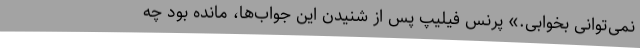
نمی‌توانی بخوابی.» پرنس فیلیپ پس از شنیدن این جواب‌ها، مانده بود چه